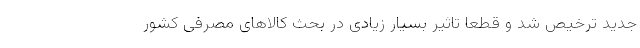
جدید ترخیص شد و قطعا تاثیر بسیار زیادی در بحث کالا‌های مصرفی کشور